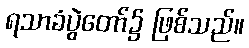
ရသာခံပွဲတော်၌ ဖြစ်သည်။